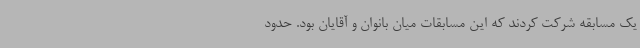
یک مسابقه شرکت کردند که این مسابقات میان بانوان و آقایان بود. حدود